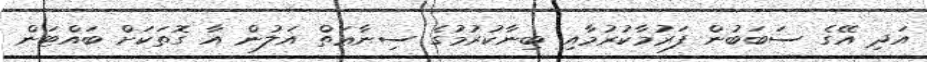
އަދި އޭގެ ސަބަބުން ފަރުމާކުރުމާއި ބިނާކުރުމުގެ ސިނާޢަތް އަލުން އާ ގޮތަކަށް ބައްޓަން